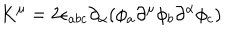
K ^ { \mu } = 2 \epsilon _ { a b c } \partial _ { \alpha } ( \phi _ { a } \partial ^ { \mu } \phi _ { b } \partial ^ { \alpha } \phi _ { c } )